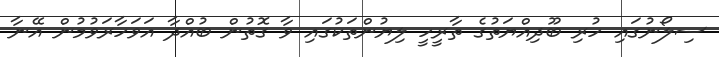
ސިލޯނުގައި ހުރި ބޫދިއްޔަތުގެ ތާރީހީ ލިޔުންތަކުގައި ވާ ގޮތުން ބުއްދާ އަވަހާރަވުމުން އޭނާ